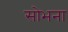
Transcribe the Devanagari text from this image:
सोभना